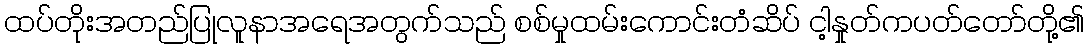
ထပ်တိုးအတည်ပြုလူနာအရေအတွက်သည် စစ်မှုထမ်းကောင်းတံဆိပ် ငါ့နှုတ်ကပတ်တော်တို့၏